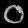
Digit: ၀